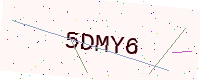
Text: 5DMY6